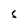
Character: S